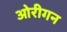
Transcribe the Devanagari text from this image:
ओरीगन